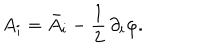
A _ { i } = \bar { A } _ { i } - \frac { 1 } { 2 } \, \partial _ { i } \varphi .